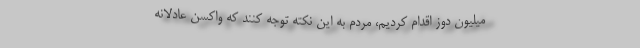
میلیون دوز اقدام کردیم، مردم به این نکته توجه کنند که واکسن عادلانه